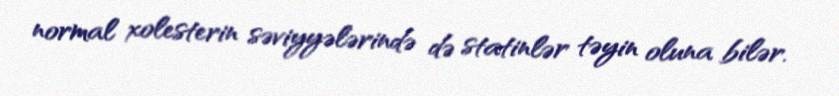
normal xolesterin səviyyələrində də statinlər təyin oluna bilər.